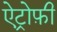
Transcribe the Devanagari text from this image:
ऐट्रोफ़ी